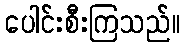
ပေါင်းစီးကြသည်။